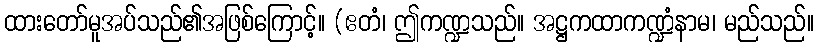
ထားတော်မူအပ်သည်၏အဖြစ်ကြောင့်။ (ဧတံ၊ ဤကဏ္ဍသည်။ အဋ္ဌကထာကဏ္ဍံနာမ၊ မည်သည်။